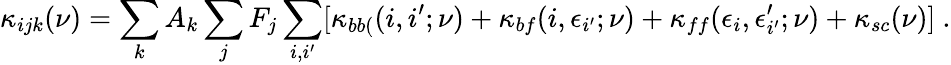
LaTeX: \kappa_{ijk}(\nu)=\sum_{k}A_{k}\sum_{j}F_{j}\sum_{i,i^{\prime}}[\kappa_{bb(}(i,i^{\prime};\nu)+\kappa_{bf}(i,\epsilon_{i^{\prime}};\nu)+\kappa_{ff}(\epsilon_{i},\epsilon_{i^{\prime}}^{\prime};\nu)+\kappa_{sc}(\nu)]\ .